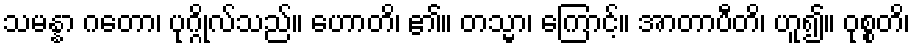
သမန္နာ ဂတော၊ ပုဂ္ဂိုလ်သည်။ ဟောတိ၊ ၏။ တသ္မာ၊ ကြောင့်။ အာတာပီတိ၊ ဟူ၍။ ဝုစ္စတိ၊